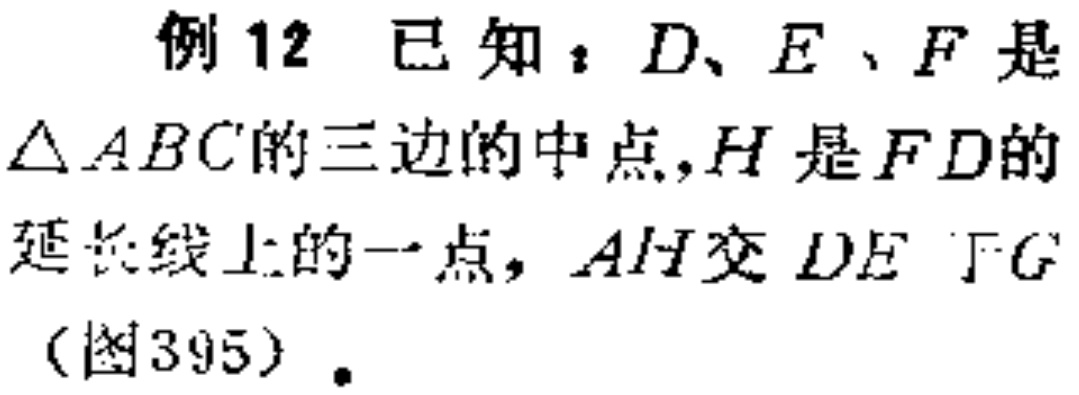
例 12 已知：$D、E、F$是$\triangle ABC$的三边的中点，$H$是$FD$的延长线上的一点，$AH$交$DE$于$G$（图395）.